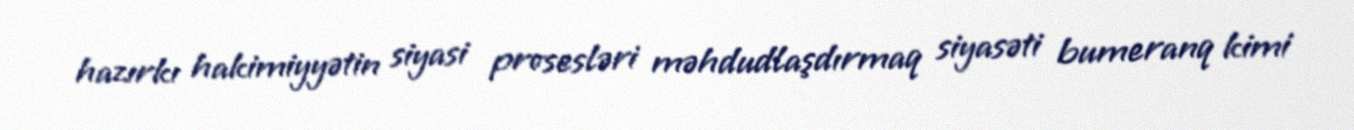
hazırkı hakimiyyətin siyasi prosesləri məhdudlaşdırmaq siyasəti bumeranq kimi